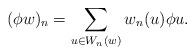
LaTeX: \begin{align*}(\phi w)_n=\sum_{u\in W_{n}(w)}w_n(u)\phi u.\end{align*}